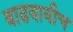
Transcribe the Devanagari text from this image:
वाढवावीच